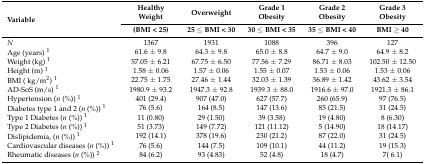
<table><thead><tr><td rowspan="2"><b>Variable</b></td><td><b>Healthy Weight</b></td><td><b>Overweight</b></td><td><b>Grade 1 Obesity</b></td><td><b>Grade 2 Obesity</b></td><td><b>Grade 3 Obesity</b></td></tr><tr><td><b>(BMI &lt; 25)</b></td><td><b>25 ≤ BMI &lt; 30</b></td><td><b>30 ≤ BMI &lt; 35</b></td><td><b>35 ≤ BMI &lt; 40</b></td><td><b>BMI ≥ 40</b></td></tr></thead><tbody><tr><td><i>N</i></td><td>1367</td><td>1931</td><td>1088</td><td>396</td><td>127</td></tr><tr><td>Age (years) <sup>1</sup></td><td>61.6 ± 9.8</td><td>64.3 ± 9.8</td><td>65.0 ± 8.8</td><td>64.7 ± 9.0</td><td>64.9 ± 8.2</td></tr><tr><td>Weight (kg) <sup>1</sup></td><td>57.05 ± 6.21</td><td>67.75 ± 6.50</td><td>77.56 ± 7.29</td><td>86.71 ± 8.03</td><td>102.50 ± 12.50</td></tr><tr><td>Height (m) <sup>1</sup></td><td>1.58 ± 0.06</td><td>1.57 ± 0.06</td><td>1.55 ± 0.07</td><td>1.53 ± 0.06</td><td>1.53 ± 0.06</td></tr><tr><td>BMI ( kg/m<sup>2</sup>) <sup>1</sup></td><td>22.75 ± 1.75</td><td>27.46 ± 1.44</td><td>32.03 ± 1.39</td><td>36.89 ± 1.42</td><td>43.62 ± 3.54</td></tr><tr><td>AD-SoS (m/s) <sup>1</sup></td><td>1980.9 ± 93.2</td><td>1947.3 ± 92.8</td><td>1939.3 ± 88.0</td><td>1916.6 ± 97.0</td><td>1921.3 ± 86.1</td></tr><tr><td>Hypertension (<i>n</i> (%)) <sup>1</sup></td><td>401 (29.4)</td><td>907 (47.0)</td><td>627 (57.7)</td><td>260 (65.9)</td><td>97 (76.5)</td></tr><tr><td>Diabetes type 1 and 2 (<i>n</i> (%)) <sup>1</sup></td><td>76 (5.6)</td><td>164 (8.5)</td><td>147 (13.6)</td><td>85 (21.5)</td><td>31 (24.5)</td></tr><tr><td>Type 1 Diabetes (<i>n</i> (%)) <sup>1</sup></td><td>11 (0.80)</td><td>29 (1.50)</td><td>39 (3.58)</td><td>19 (4.80)</td><td>8 (6.30)</td></tr><tr><td>Type 2 Diabetes (<i>n</i> (%)) <sup>1</sup></td><td>51 (3.73)</td><td>149 (7.72)</td><td>121 (11.12)</td><td>5 (14.90)</td><td>18 (14.17)</td></tr><tr><td>Dislipidemia, (<i>n</i> (%)) <sup>1</sup></td><td>192 (14.1)</td><td>378 (19.6)</td><td>230 (21.2)</td><td>87 (22.0)</td><td>31 (24.5)</td></tr><tr><td>Cardiovascular diseases (<i>n</i> (%)) <sup>1</sup></td><td>76 (5.6)</td><td>144 (7.5)</td><td>109 (10.1)</td><td>44 (11.2)</td><td>19 (15.3)</td></tr><tr><td>Rheumatic diseases (<i>n</i> (%)) <sup>2</sup></td><td>84 (6.2)</td><td>93 (4.83)</td><td>52 (4.8)</td><td>18 (4.7)</td><td>7( 6.1)</td></tr></tbody></table>